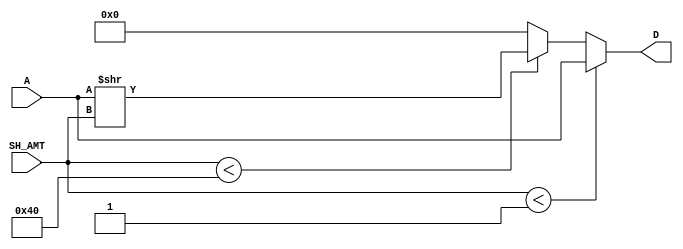
`timescale 1ns / 1ps
//////////////////////////////////////////////////////////////////////////////////
// Company: 
// Engineer: 
// 
// Design Name: 
// Module Name: SHR
// Project Name: 
// Target Devices: 
// Tool Versions: 
// Description: 
// 
// Dependencies: 
// 
// Revision:
// Revision 0.01 - File Created
// Additional Comments:
// 
//////////////////////////////////////////////////////////////////////////////////


module SHR #(parameter DATAWIDTH = 64)(A, SH_AMT,D);
    input [DATAWIDTH-1:0]A;
    input [DATAWIDTH-1:0]SH_AMT; // doesn't seem right. If I have 8 bits, this means I could tell it to shift 256 bits to the right? nah.
    output reg [DATAWIDTH-1:0]D;

    always @(A,SH_AMT) begin
        if ( SH_AMT < 1)
            D <= A;
        else if (SH_AMT < DATAWIDTH)
            D <= A >> SH_AMT;
        else
            D <= 0;
    end

endmodule